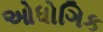
ઓધોગિક